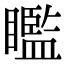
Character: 𥌈